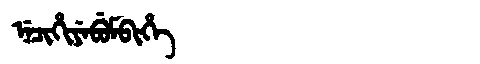
Manchu: ᠨᡝᠴᡳᡥᡳᠶᡝᠪᡠᠮᠪᡳᡥᡝ
Romanization: NECIHIYEBUMBIHE